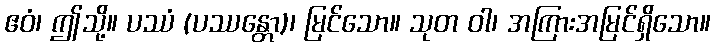
ဧဝံ၊ ဤသို့။ ပဿံ (ပဿန္တော)၊ မြင်သော။ သုတ ဝါ၊ အကြားအမြင်ရှိသော။